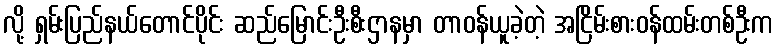
လို့ ရှမ်းပြည်နယ်တောင်ပိုင်း ဆည်မြောင်းဦးစီးဌာနမှာ တာဝန်ယူခဲ့တဲ့ အငြိမ်းစားဝန်ထမ်းတစ်ဦးက